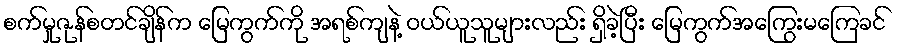
စက်မှုဇုန်စတင်ချိန်က မြေကွက်ကို အရစ်ကျနဲ့ ဝယ်ယူသူများလည်း ရှိခဲ့ပြီး မြေကွက်အကြွေးမကြေခင်